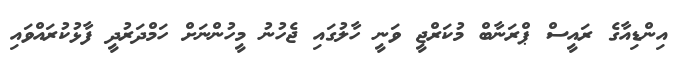
އިންޑިއާގެ ރައީސް ޕްރަނާބް މުކަރްޖީ ވަނީ ހާލުގައި ޖެހުނު މީހުންނަށް ހަމްދަރުދީ ފާޅުކުރައްވައި